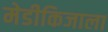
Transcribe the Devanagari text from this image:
मेडीकिजाला